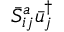
\bar { S } _ { i j } ^ { a } \bar { u } _ { j } ^ { \dag }